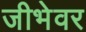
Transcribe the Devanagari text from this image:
जीभेवर